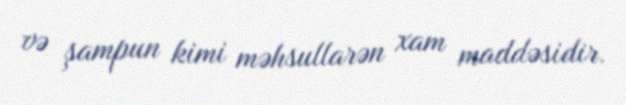
və şampun kimi məhsullarən xam maddəsidir.